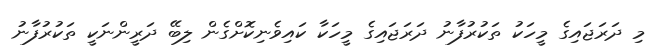
މި ދަރަޖައިގެ މީހަކު ތަކުރުފާނު ދަރަޖައިގެ މީހަކާ ކައިވެނިކޮށްގެން ލިބޭ ދަރީންނަކީ ތަކުރުފާނު